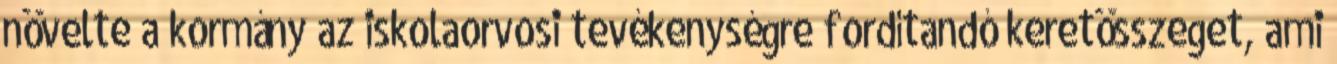
növelte a kormány az iskolaorvosi tevékenységre fordítandó keretösszeget, ami